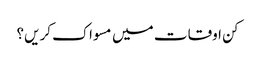
کن اوقات میں مسواک کریں؟